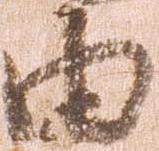
由